Civil Veterinary Department. United Provinces 1932-42 - 1932-1942
Year: 1932
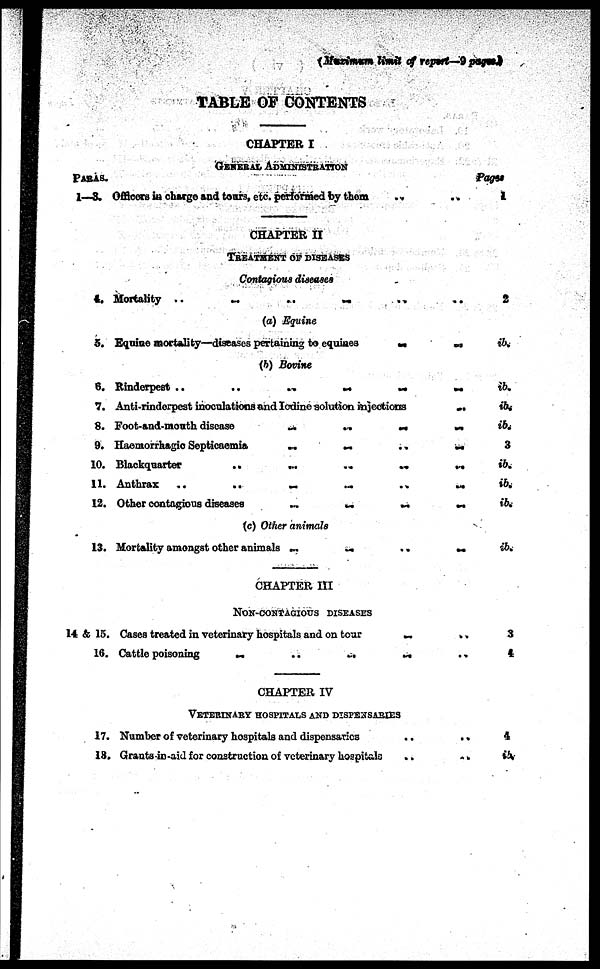
(Maximum limit of report—9 pages)
TABLE OF CONTENTS
PARAS
1—3.
4.
5.
6.
7.
8.
9.
10.
11.
12.
13.
14 & 15.
16.
17.
18.
CHAPTER I
GENERAL ADMINISTRATION
Officers in charge and tours, etc. performed by them
..
CHAPTER II
TREATMENT OF DISEASES
Contagious diseases
Mortality ..
(a) Equine
Equiae mortality—diseases pertaining to equities
(b) Bovine
Rinderpest ..
..
Anti-rinderpest inoculations and Iodine solution injections
Foot-and-mouth disease
..
..
..
..
Haemorrhagic Septicaemia
..
..
..
..
Blackquarter
..
..
..
..
Anthrax
..
..
..
.. ..
Other contagious diseases
..
..
..
..
(c) Other animals
Mortality amongst other animals .. .. .. ..
CHAPTER III
NON-CONTAGIOUS DISEASES
Cases treated in veterinary hospitals and on tour
Cattle poisoning
..
..
..
..
CHAPTER IV
VETERINARY HOSPITALS AND DISPENSARIES
Number of veterinary hospitals and dispensaries ..
Grants in-aid for construction of veterinary hospitals
..
..
..
..
..
..
..
..
..
..
..
..
..
..
..
..
Pages
1
2
ib.
ib.
ib.
ib.
3
ib.
ib.
ib.
ib.
3
4
4
ib.